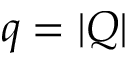
q = | Q |